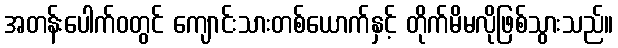
အတန်းပေါက်ဝတွင် ကျောင်းသားတစ်ယောက်နှင့် တိုက်မိမလိုဖြစ်သွားသည်။